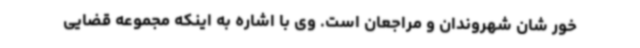
خور شان شهروندان و مراجعان است. وی با اشاره به اینکه مجموعه قضایی